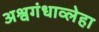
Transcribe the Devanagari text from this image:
अश्वगंधाव्लेहा